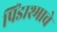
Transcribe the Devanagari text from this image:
पिंडाश्माचे